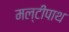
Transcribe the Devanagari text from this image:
मल्टीपाथ